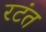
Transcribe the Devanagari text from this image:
रटंत